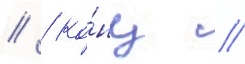
// / ко́нц //